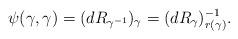
LaTeX: \begin{align*}\psi(\gamma,\gamma)= (dR_{\gamma^{-1}})_{\gamma} = (dR_{\gamma})_{r(\gamma)}^{-1}.\end{align*}